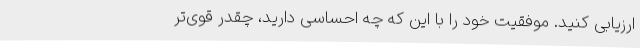
ارزیابی کنید. موفقیت خود را با این که چه احساسی دارید، چقدر قوی‌تر